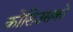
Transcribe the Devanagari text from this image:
कोसिउसको